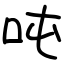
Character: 吨